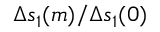
\Delta s _ { 1 } ( m ) / \Delta s _ { 1 } ( 0 )